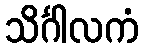
သိင်္ဂါလကံ